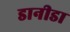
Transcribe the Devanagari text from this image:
डानीडा